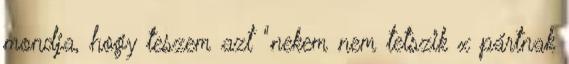
mondja, hogy teszem azt "nekem nem tetszik x pártnak